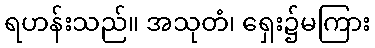
ရဟန်းသည်။ အသုတံ၊ ရှေး၌မကြား